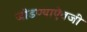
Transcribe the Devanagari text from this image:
जोडण्याऐवजी